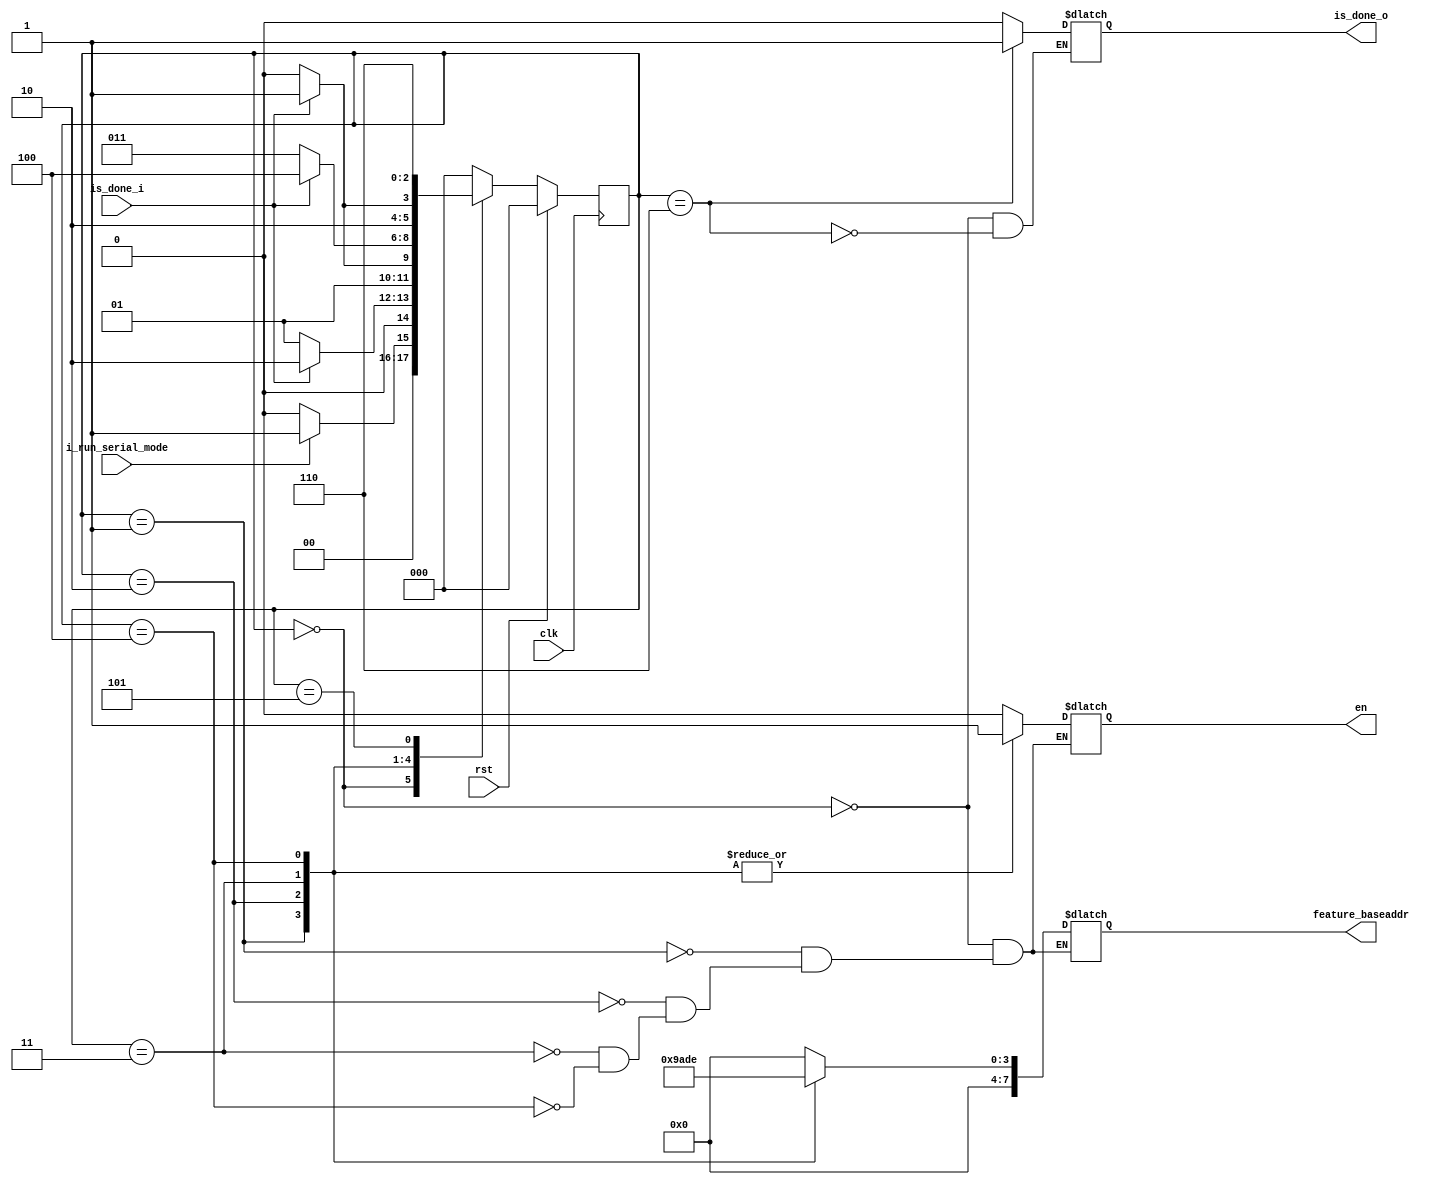
module FSM_Serial_mode(
    input clk,
    input rst,
    input i_run_serial_mode,
    input is_done_i,

    output reg is_done_o,
    output reg en,
    output reg [7:0] feature_baseaddr
);
    parameter S_IDLE = 3'b000;
    parameter S_STRIDE_1 = 3'b001;
    parameter S_STRIDE_2 = 3'b010;
    parameter S_STRIDE_3 = 3'b011;
    parameter S_STRIDE_4 = 3'b100;
    parameter S_WAIT     = 3'b101;
    parameter S_DONE     = 3'b110;

    reg [2:0] next_state;
    reg [2:0] current_state;

    always @(posedge clk) begin
        if(rst == 1) begin
            current_state <= S_IDLE;
        end else begin
            current_state <= next_state;
        end
    end

    always @(*) begin
        next_state = S_IDLE;
        case(current_state)
            S_IDLE : if(i_run_serial_mode)
                        next_state = S_STRIDE_1;
                        else
                        next_state = S_IDLE;
            S_STRIDE_1: if(is_done_i)
                        next_state = S_STRIDE_2;
                        else
                        next_state = S_STRIDE_1;
            S_STRIDE_2: if(is_done_i)
                        next_state = S_STRIDE_3;
                        else
                        next_state = S_STRIDE_2;
            S_STRIDE_3: if(is_done_i)
                        next_state = S_STRIDE_4;
                        else
                        next_state = S_STRIDE_3;
            S_STRIDE_4: if(is_done_i)
                        next_state = S_WAIT;
                        else
                        next_state = S_STRIDE_4;
                        
            S_WAIT:     next_state = S_DONE;

            S_DONE:     next_state = S_IDLE;
        endcase
    end

    always @(*) begin
        case(current_state)
            S_IDLE :    begin
                            en = 1'b0;
                            feature_baseaddr = 8'b0;
                            is_done_o = 1'b0;
                        end         

            S_STRIDE_1: begin
                            en = 1'b1;
                            feature_baseaddr = 8'b0000_1001;
                        end 

            S_STRIDE_2: begin
                            en = 1'b1;
                            feature_baseaddr = 8'b0000_1010;
                        end

            S_STRIDE_3: begin
                            en = 1'b1;
                            feature_baseaddr = 8'b0000_1101;
                        end

            S_STRIDE_4: begin
                            en = 1'b1;
                            feature_baseaddr = 8'b0000_1110;
                        end

            S_DONE:     is_done_o = 1'b1;
        endcase
    end

endmodule